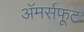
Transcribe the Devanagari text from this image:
अॅमर्सफूट